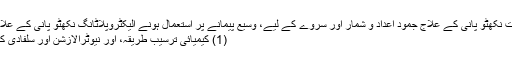
میرے ملک کے موجودہ الیکٹروپلاٹانگ صنعت نکھٹو پانی کے علاج جمود اعداد و شمار اور سروے کے لیے، وسیع پیمانے پر استعمال ہونے الیکٹروپلاٹانگ نکھٹو پانی کے علاج کے طریقے بنیادی طور پر سات اقسام ہیں:
(1) کیمیائی ترسیب طریقہ، اور نیوٹرالازشن اور سلفادی کے ترسیب کے طریقہ میں تقسیم کیا جاتا ہے ۔